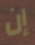
إن